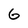
Character: G